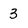
Character: 3